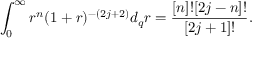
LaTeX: \int _ { 0 } ^ { \infty } r ^ { n } ( 1 + r ) ^ { - ( 2 j + 2 ) } d _ { q } r = \frac { [ n ] ! [ 2 j - n ] ! } { [ 2 j + 1 ] ! } .